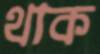
থাক